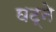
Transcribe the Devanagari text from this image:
घट्ने